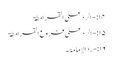
۱۴:- الردّ علی القرامطۃ
۱۵:-الردّ علی فروع القرامطۃ
۱۶:-ردّالإمامۃ۔